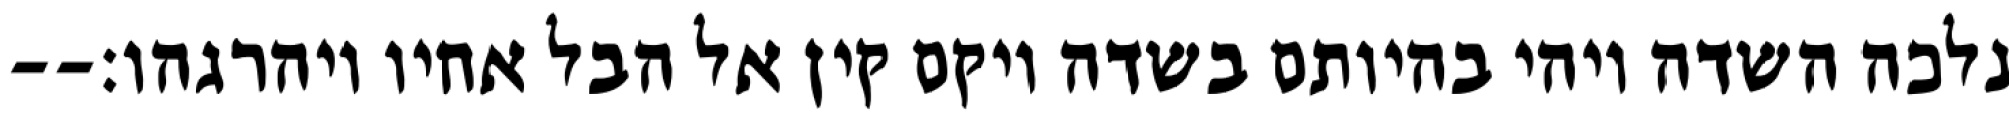
נלכה השדה ויהי בהיותם בשדה ויקם קין אל הבל אחיו ויהרגהו׃--